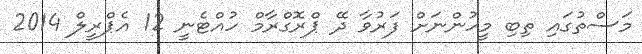
މަސްތުގައި ތިބި މީހުންނަށް ފަރުވާ ދޭ ޕްރޮގްރާމް ހުއްޓެނީ 12 އެޕްރީލް 2014